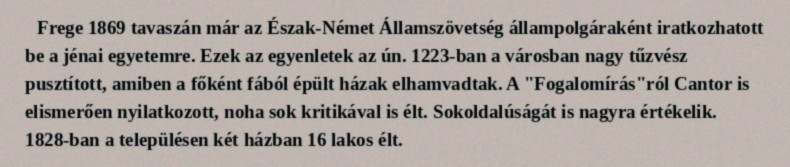
Frege 1869 tavaszán már az Észak-Német Államszövetség állampolgáraként iratkozhatott be a jénai egyetemre. Ezek az egyenletek az ún. 1223-ban a városban nagy tűzvész pusztított, amiben a főként fából épült házak elhamvadtak. A "Fogalomírás"ról Cantor is elismerően nyilatkozott, noha sok kritikával is élt. Sokoldalúságát is nagyra értékelik. 1828-ban a településen két házban 16 lakos élt.